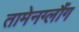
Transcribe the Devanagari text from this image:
तामेनग्लौंग